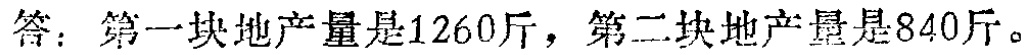
答：第一块地产量是1260斤，第二块地产量是840斤。